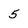
Character: 5